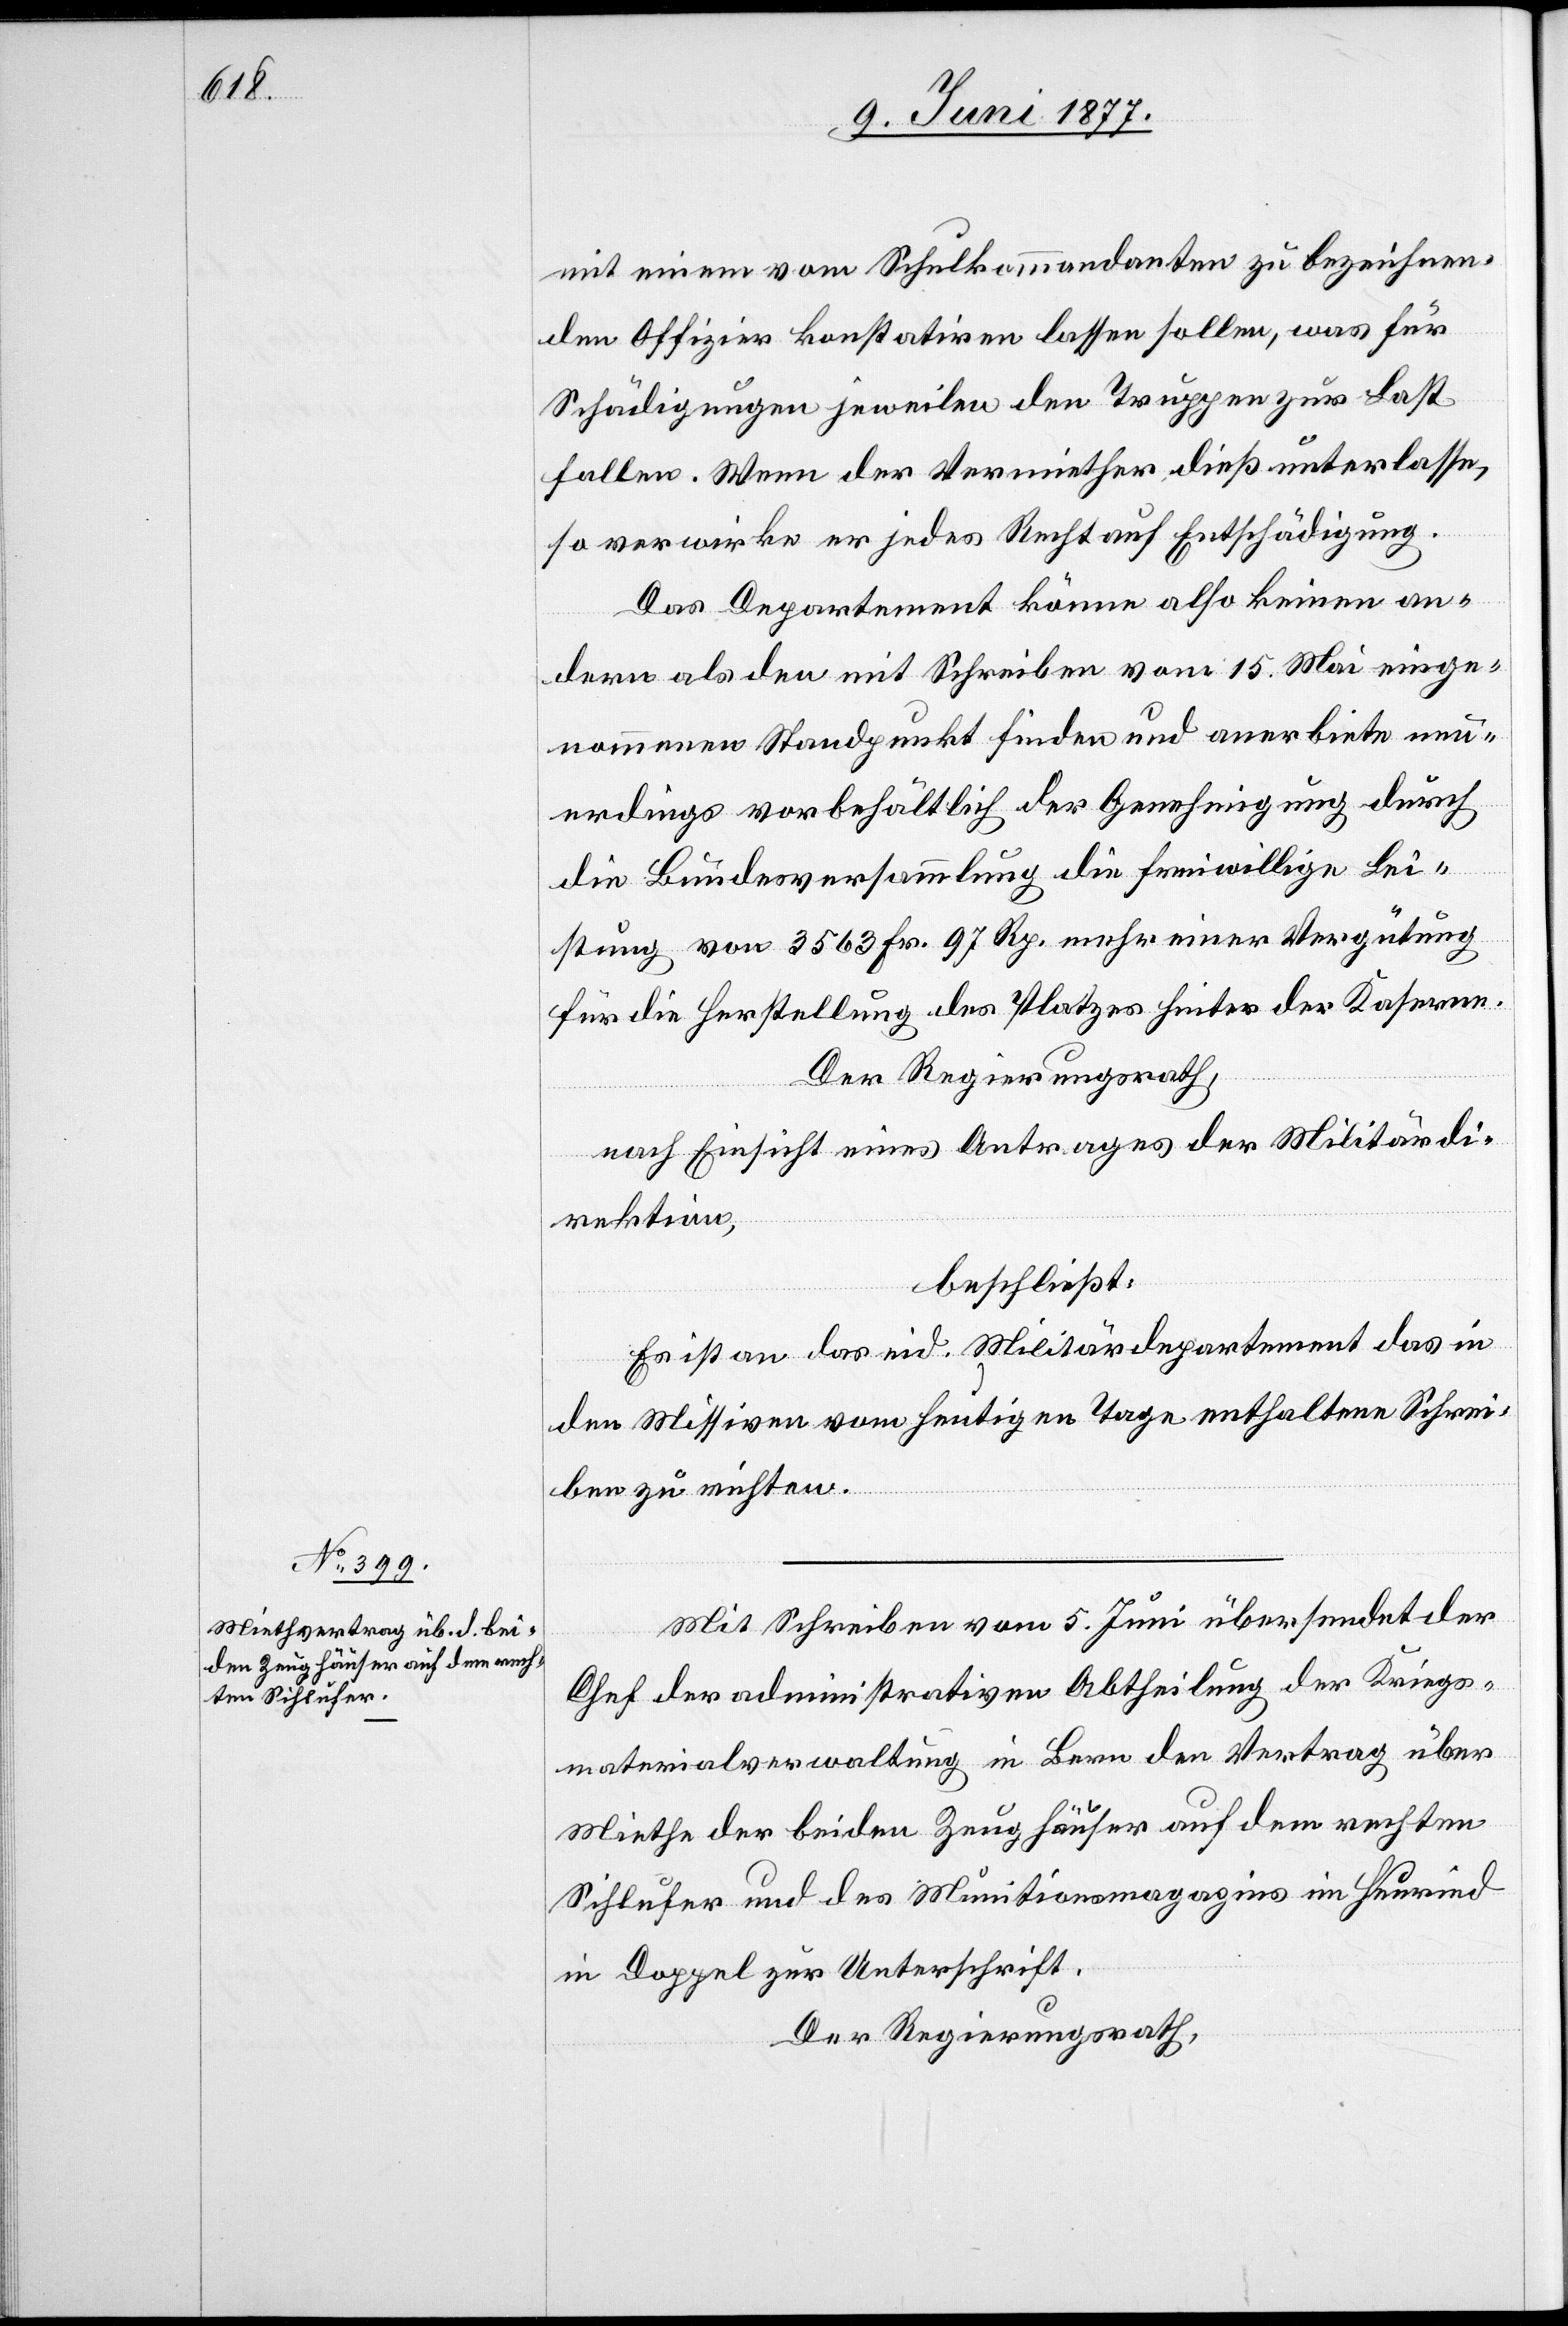
mit einem vom Schulkommandanten zu bezeichnen¬
den Offizier konstatiren lassen sollen, was für
Schädigungen jeweilen den Truppen zur Last
fallen. Wenn der Vermiether dieß unterlasse,
so verwirke er jedes Recht auf Entschädigung.
Das Departement könne also keinen an¬
dern als den mit Schreiben vom 15. Mai einge¬
nommenen Standpunkt finden und anerbiete neu¬
erdings vorbehältlich der Genehmigung durch
die Bundesversammlung die freiwillige Lei¬
stung von 3563 Fr. 97 Rp. mehr einer Vergütung
für die Herstellung des Platzes hinter der Kaserne.
Der Regierungsrath,
nach Einsicht eines Antrages der Militärdi¬
rektion,
beschließt:
Es ist an das eid. Militärdepartement das in
den Missiven vom heutigen Tage enthaltene Schrei¬
ben zu richten.
Mit Schreiben vom 5. Juni übersendet der
Chef der administrativen Abtheilung der Kriegs¬
materialverwaltung in Bern den Vertrag über
Miethe der beiden Zeughäuser auf dem rechten
Sihlufer und des Munitionsmagazins im Heuried
in Doppel zur Unterschrift.
Der Regierungsrath,